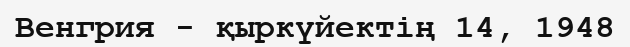
Венгрия - қыркүйектің 14, 1948